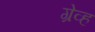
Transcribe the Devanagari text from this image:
ग्रेव्ह